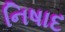
નિષાદ